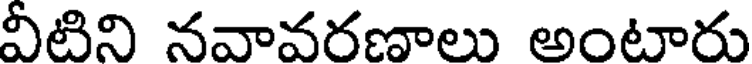
వీటిని నవావరణాలు అంటారు